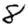
Digit: 8